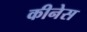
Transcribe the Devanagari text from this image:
कीनेस